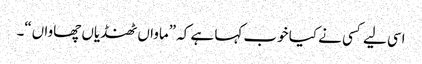
اسی لیے کسی نے کیا خوب کہا ہے کہ ”ماواں ٹھنڈیاں چھاواں“۔